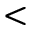
<